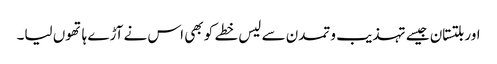
اور بلتستان جیسے تہذیب و تمدن سے لیس خطے کو بھی اس نے آڑے ہاتھوں لیا۔